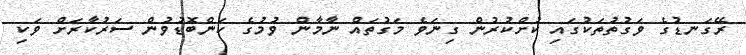
ރޭގަނޑުގެ ވަގުތުތަކުގައި ކުށްކުރުން ގިނަވެ މަގުތައް ނާމާން ވުމުގެ ކަންބޮޑުވުން ސަރުކާރަށް ވަކި